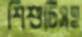
শিশুটিসহ